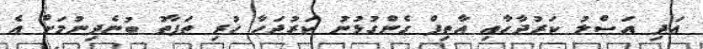
އަދި އަސްލު ކަރުދާހާއި އާތިފް ގެންގުޅުނު ކަރުދަހާ ހުރި ތަފާތު ބުނެދިނުމަށް އެ